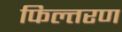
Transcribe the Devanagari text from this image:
फिल्तरण